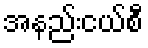
အနည်းငယ်စီ